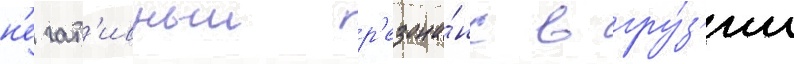
н'егат'ивныи р'езона́нс в гру́з'ии